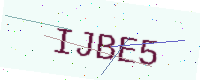
Text: IJBE5